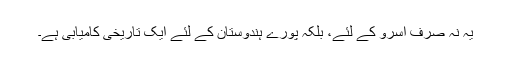
یہ نہ صرف اسرو کے لئے، بلکہ پورے ہندوستان کے لئے ایک تاریخی کامیابی ہے۔